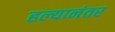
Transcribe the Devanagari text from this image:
हल्यानंतर